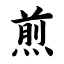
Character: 煎